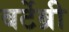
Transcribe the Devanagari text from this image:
बर्टेब्री